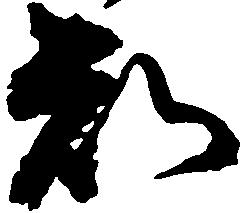
知